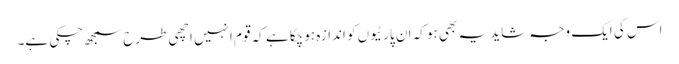
اس کی ایک وجہ شاید یہ بھی ہو کہ ان پارٹیوں کو اندازہ ہوچکا ہے کہ قوم انہیں اچھی طرح سمجھ چکی ہے۔